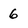
Character: 6